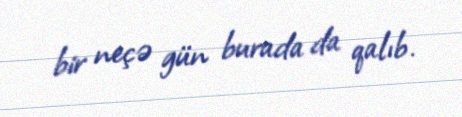
bir neçə gün burada da qalıb.